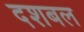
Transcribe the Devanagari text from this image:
दशबल